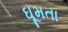
ઘૂમતા